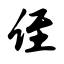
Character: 侄